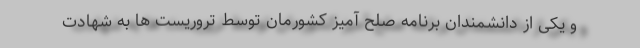
و یکی از دانشمندان برنامه صلح آمیز کشورمان توسط تروریست ها به شهادت